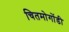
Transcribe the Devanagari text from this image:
चितमोगोंडी